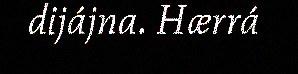
dijájna. Hærrá